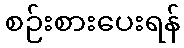
စဉ်းစားပေးရန်